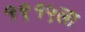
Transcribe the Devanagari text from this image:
१९१५ला